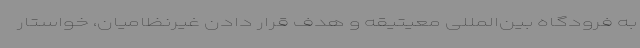
به فرودگاه بین‌المللی معیتیقه و هدف قرار دادن غیرنظامیان، خواستار